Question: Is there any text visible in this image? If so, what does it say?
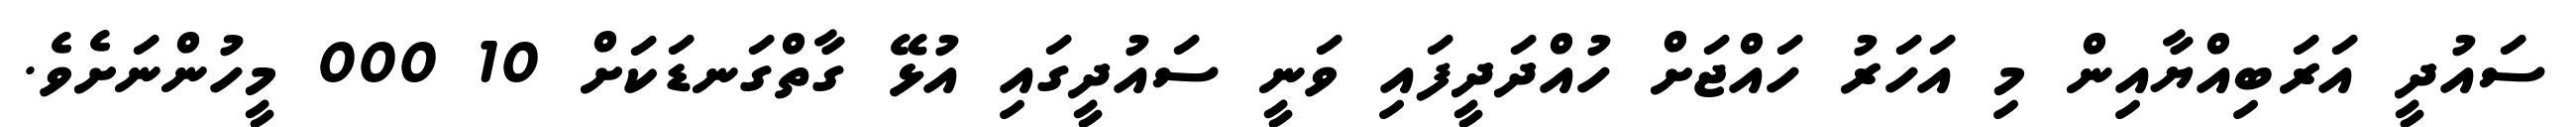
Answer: ސައުދީ އަރަބިއްޔާއިން މި އަހަރު ހައްޖަށް ހުއްދަދީފައި ވަނީ ސައުދީގައި އުޅޭ ގާތްގަނޑަކަށް 10 000 މީހުންނަށެވެ.